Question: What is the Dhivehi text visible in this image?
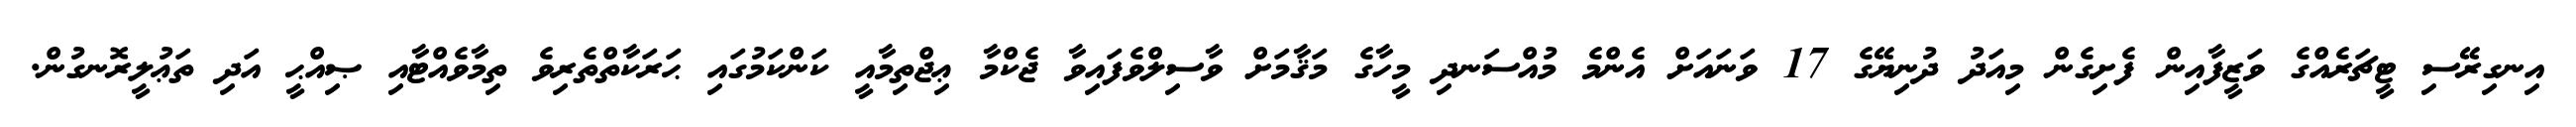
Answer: އިނގިރޭސި ޓީޗަރެއްގެ ވަޒީފާއިން ފެށިގެން މިއަދު ދުނިޔޭގެ 17 ވަނައަށް އެންމެ މުއްސަނދި މީހާގެ މަޤާމަށް ވާސިލްވެފައިވާ ޖެކްމާ ޢިޖްތިމާއީ ކަންކަމުގައި ޙަރަކާތްތެރިވެ ތިމާވެއްޓާއި ޞިއްޙީ އަދި ތަޢުލީރޮނގުން.